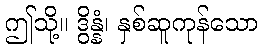
ဤသို့။ ဒွိန္နံ၊ နှစ်ဆူကုန်သော